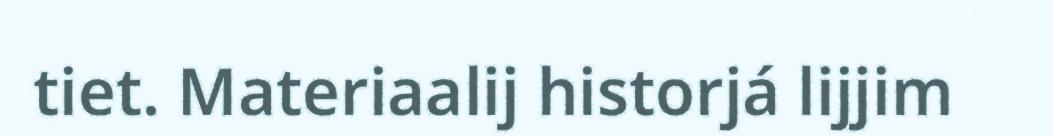
tiet. Materiaalij historjá lijjim